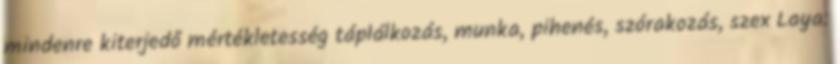
mindenre kiterjedő mértékletesség táplálkozás, munka, pihenés, szórakozás, szex Laya: